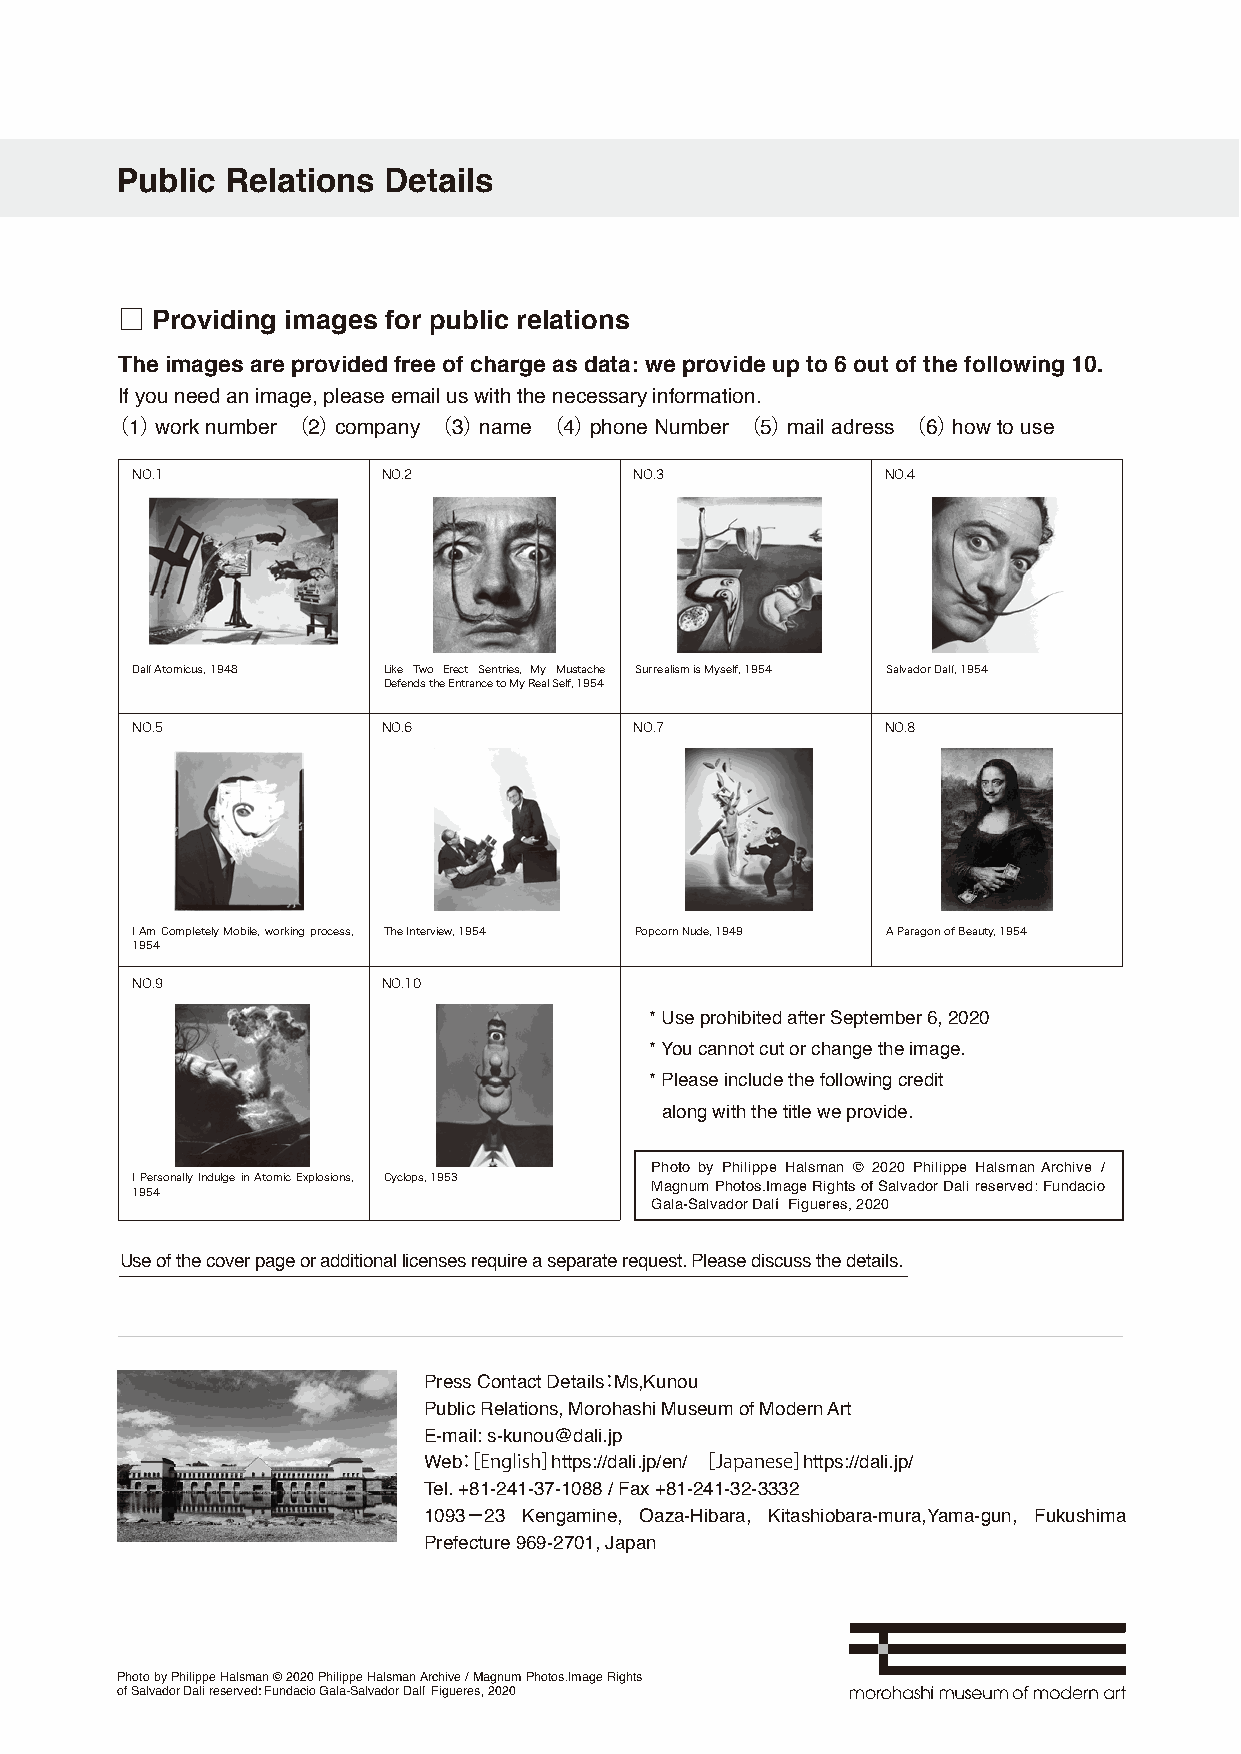
Public Relations Details
 □ Providing images for public relations
 The images are provided free of charge as data: we provide up to 6 out of the following 10.
 If you need an image, please email us with the necessary information.
 （1） work number （2） company （3） name （4） phone Number （5） mail adress （6） how to use
 NO.1            NO.2             NO.3             NO.4
 Dalí Atomicus, 1948 Like Two Erect Sentries, My Mustache Surrealism is Myself, 1954 Salvador Dalí, 1954
 Defends the Entrance to My Real Self, 1954
 NO.5            NO.6             NO.7             NO.8
 I Am Completely Mobile, working process, The Interview, 1954 Popcorn Nude, 1949 A Paragon of Beauty, 1954
 1954
 NO.9            NO.10
 * Use prohibited after September 6, 2020
 * You cannot cut or change the image.
 * Please include the following credit
 along with the title we provide.
 Photo by Philippe Halsman © 2020 Philippe Halsman Archive /
 I Personally Indulge in Atomic Explosions, Cyclops, 1953
 1954                              Magnum Photos.Image Rights of Salvador Dali reserved: Fundacio
 Gala-Salvador Dalí Figueres, 2020
 Use of the cover page or additional licenses require a separate request. Please discuss the details.
 Press Contact Details：Ms,Kunou
 Public Relations, Morohashi Museum of Modern Art
 E-mail: s-kunou@dali.jp
 Web：［English］https://dali.jp/en/ ［Japanese］https://dali.jp/
 Tel. +81-241-37-1088 / Fax +81-241-32-3332
 1093−23 Kengamine, Oaza-Hibara, Kitashiobara-mura,Yama-gun, Fukushima
 Prefecture 969-2701, Japan
 Photo by Philippe Halsman © 2020 Philippe Halsman Archive / Magnum Photos.Image Rights
 of Salvador Dali reserved: Fundacio Gala-Salvador Dalí Figueres, 2020